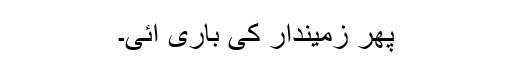
پھر زمیندار کی باری آئی۔